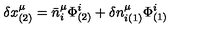
\delta x _ { ( 2 ) } ^ { \mu } = \bar { n } _ { i } ^ { \mu } \Phi _ { ( 2 ) } ^ { i } + \delta n _ { i ( 1 ) } ^ { \mu } \Phi _ { ( 1 ) } ^ { i }